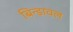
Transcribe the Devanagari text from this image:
बिन्डावल